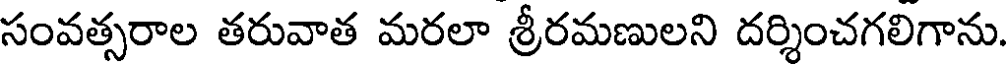
సంవత్సరాల తరువాత మరలా శ్రీరమణులని దర్శించగలిగాను.